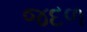
જદળ